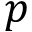
p